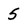
Character: 5